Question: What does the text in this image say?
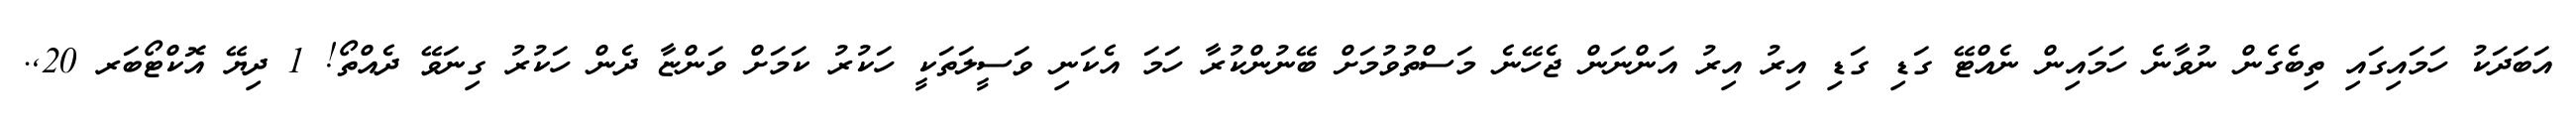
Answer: އަބަދަކު ހަމައިގައި ތިބެގެން ނުވާނެ ހަމައިން ނެއްޓޭ ގަޑި ގަޑި އިރު އިރު އަންނަން ޖެހޭނެ މަސްތުވުމަށް ބޭނުންކުރާ ހަމަ އެކަނި ވަސީލަތަކީ ހަކުރު ކަމަށް ވަންޏާ ދެން ހަކުރު ގިނަވޭ ދެއްތޯ! 1 ދިޔޭ އޮކްޓޯބަރ 20,.